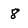
Character: 8